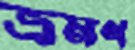
ভ্রমণ